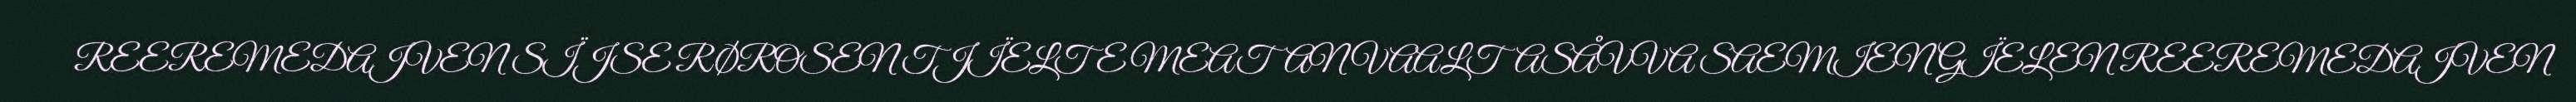
REEREMEDAJVEN SÏJSE RØROSEN TJÏELTE MEATAN VAALTASÅVVA SAEMIEN GÏELEN REEREMEDAJVEN